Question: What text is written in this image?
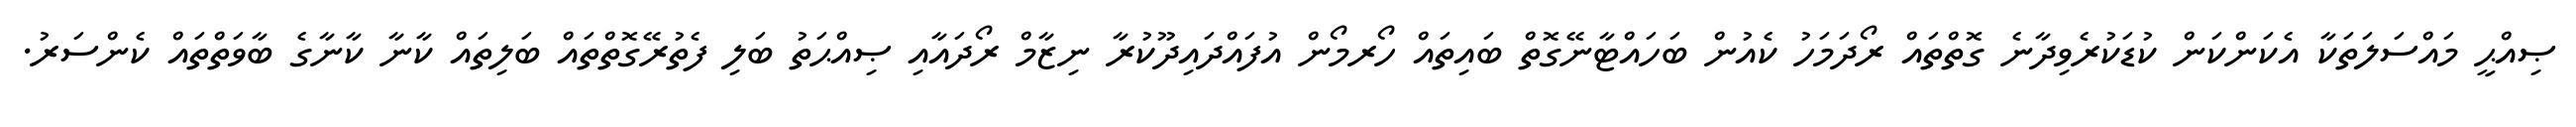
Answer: ޞިއްޙީ މައްސަލަތަކާ އެކަންކަން ކުޑަކުރެވިދާނެ ގޮތްތައް ރޯދަމަހު ކެއުން ބަހައްޓާނޭގޮތް ބައިތައް ހޯރމޯން އުފައްދައިދޫކުރާ ނިޒާމް ރޯދައާއި ޞިއްޙަތު ބަލި ފެތުރޭގޮތްތައް ބަލިތައް ކާނާ ކާނާގެ ބާވަތްތައް ކެންސަރު.